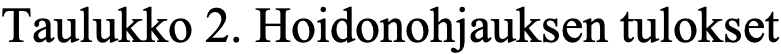
Taulukko 2. Hoidonohjauksen tulokset